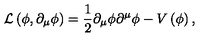
{ \cal L } \left( \phi , \partial _ { \mu } \phi \right) = \frac { 1 } { 2 } \partial _ { \mu } \phi \partial ^ { \mu } \phi - V \left( \phi \right) ,